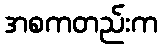
အစကတည်းက